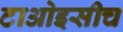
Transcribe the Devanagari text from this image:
टाओइसीच